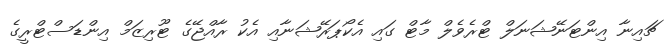
ޗައިނާ އިންޓަނޭޝަނަލް ޓްރެވެލް މާޓް ގައި އެކޯޕަރޭޝަނާއި އެކު ރާއްޖޭގެ ޓޫރިޒަމް އިންޑަސްޓްރީގެ